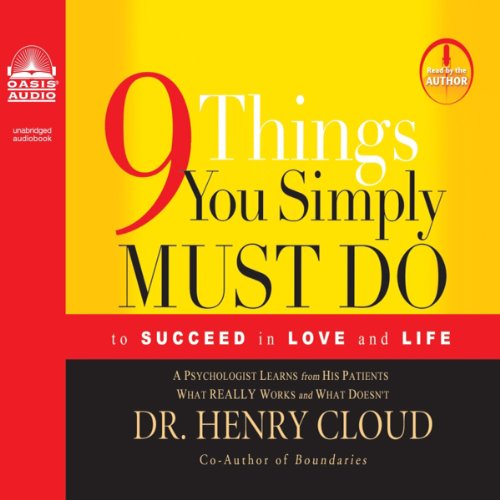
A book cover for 9 Things You Simply Must Do: To Succeed in Love and Life; Henry Cloud; Christian Books & Bibles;